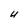
Character: U